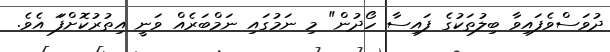
ދުވަސްވެފައިވާ ބިލުތަކުގެ ފައިސާ ހޯދުން" މި ނަމުގައި ނަމްބަރެއް ވަނީ އިތުރުކޮށްފަަ އެވެ.